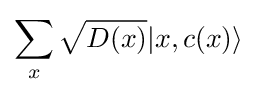
\sum _{x}{\sqrt {D(x)}}|x,c(x)\rangle